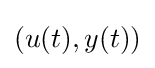
(u(t),y(t))